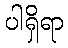
ပါရှိရာ